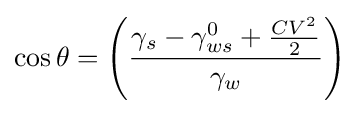
\cos \theta =\left({\frac {\gamma _{s}-\gamma _{ws}^{0}+{\frac {CV^{2}}{2}}}{\gamma _{w}}}\right)